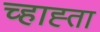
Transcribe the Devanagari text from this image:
च्हाह्ता